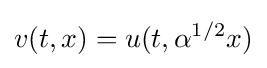
v(t,x)=u(t,\alpha ^{1/2}x)